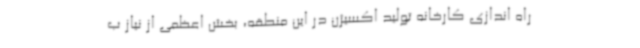
راه اندازی کارخانه تولید اکسیژن در این منطقه، بخش اعظمی از نیاز ب